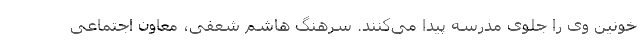
خونین وی را جلوی مدرسه پیدا می‌کنند. سرهنگ هاشم شعفی، معاون اجتماعی